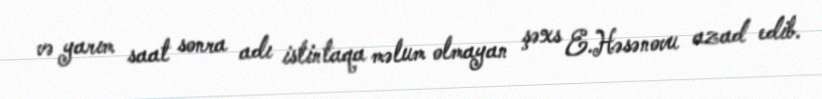
və yarım saat sonra adı istintaqa məlum olmayan şəxs E.Həsənovu azad edib.